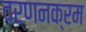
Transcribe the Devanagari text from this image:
वर्णनक्रम